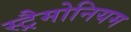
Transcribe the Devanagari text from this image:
स्ट्रैमोनियम